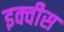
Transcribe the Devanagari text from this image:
इक्वीस